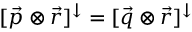
[ \vec { p } \otimes \vec { r } ] ^ { \downarrow } = [ \vec { q } \otimes \vec { r } ] ^ { \downarrow }